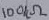
Text: 100kΩ